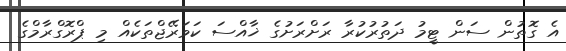
އެ ގޮތުން ސަން ޓީމު ދަތުރުކުރާ ރަށްރަށުގެ ޚާއްސަ ކަވަރޭޖްތަކެއް މި ޕްރޮގްރާމްގެ